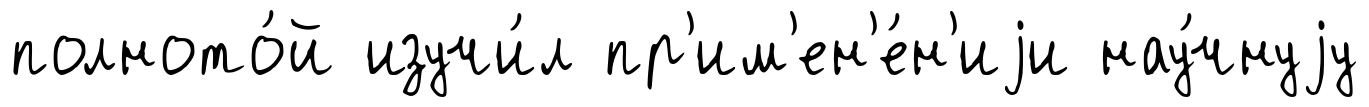
полното́й изучи́л пр'им'ен'е́н'иjи нау́чнуjу